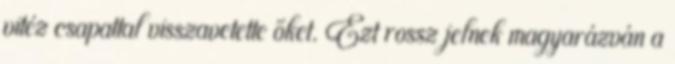
vitéz csapattal visszavetette őket. Ezt rossz jelnek magyarázván a